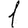
Digit: 1